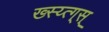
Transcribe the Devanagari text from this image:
ख्स्य्त्ग्स्